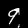
Label: 9